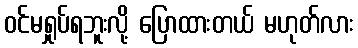
ဝင်မရှုပ်ရဘူးလို့ ပြောထားတယ် မဟုတ်လား